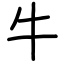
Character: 牛